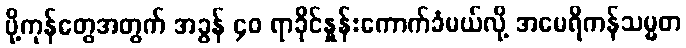
ပို့ကုန်တွေအတွက် အခွန် ၄၀ ရာခိုင်နှုန်းကောက်ခံမယ်လို့ အမေရိကန်သမ္မတ